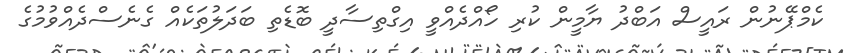
ކެމްޕޭނުން ރައީސް އަބްދު ޔާމީން ކުރި ހޯއްދެއްވީ އިގްތިސާދީ ބޮޑެތި ބަދަލުތަކެއް ގެނެސްދެއްވުމުގެ